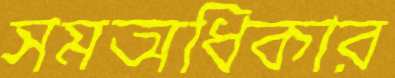
সমঅধিকার